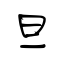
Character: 旦